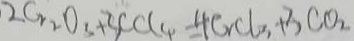
2 C _ { 2 2 } O _ { 3 } + 3 C C L _ { 4 } = 4 C _ { 2 } C l _ { 3 } + 3 C O _ { 2 }